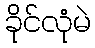
ခိုင်လုံမဲ